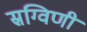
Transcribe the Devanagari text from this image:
स्रग्विणी